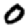
Digit: 0